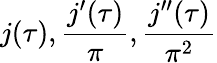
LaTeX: j(\tau),{\frac{j^{\prime}(\tau)}{\pi}},{\frac{j^{\prime\prime}(\tau)}{\pi^{2}}}